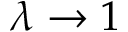
\lambda \rightarrow 1